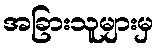
အခြားသူများမှ